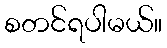
စတင်ရပါမယ်။